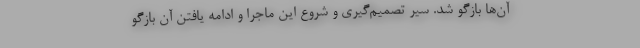
آن‌ها بازگو شد. سیر تصمیم‌گیری و شروع این ماجرا و ادامه یافتن آن بازگو